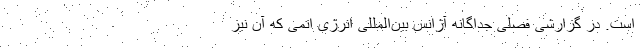
است. در گزارشی فصلی جداگانه آژانس بین‌المللی انرژی اتمی که آن نیز